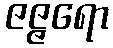
ဇဇ္ဇရော